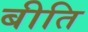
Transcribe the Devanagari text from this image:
बीति